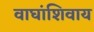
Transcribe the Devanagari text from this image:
वाघांशिवाय